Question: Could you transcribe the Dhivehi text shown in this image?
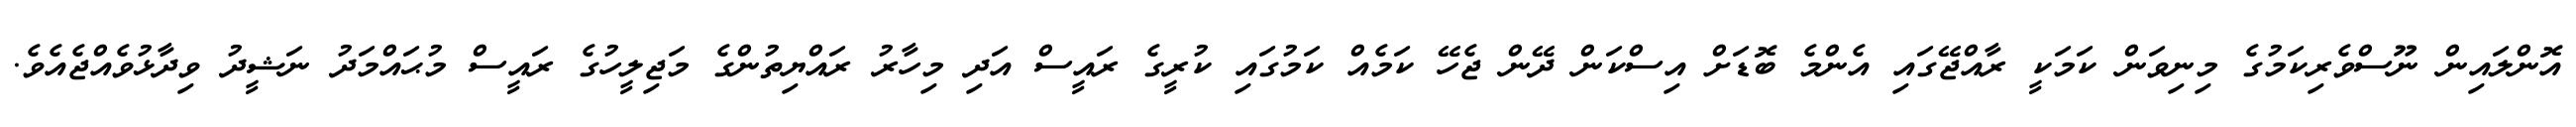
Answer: އޮންލައިން ނޫސްވެރިކަމުގެ މިނިވަން ކަމަކީ ރާއްޖޭގައި އެންމެ ބޮޑަށް އިސްކަން ދޭން ޖެހޭ ކަމެއް ކަމުގައި ކުރީގެ ރައީސް އަދި މިހާރު ރައްޔިތުންގެ މަޖިލީހުގެ ރައީސް މުޙައްމަދު ނަޝީދު ވިދާޅުވެއްޖެއެވެ.